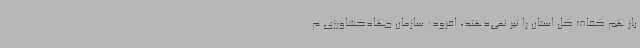
باز هم کفاف کل استان را نیز نمی‌دهند، افزود: سازمان جهادکشاورزی م